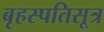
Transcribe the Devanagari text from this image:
बृहस्पतिसूत्र